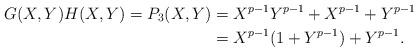
LaTeX: \begin{align*}G(X,Y)H(X,Y)=P_3(X,Y)&=X^{p-1}Y^{p-1}+X^{p-1}+Y^{p-1}\\&=X^{p-1}(1+Y^{p-1})+Y^{p-1}.\end{align*}